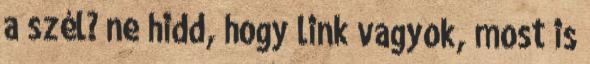
a szél? ne hidd, hogy link vagyok, most is